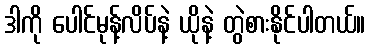
ဒါကို ပေါင်မုန့်လိပ်နဲ့ ယိုနဲ့ တွဲစားနိုင်ပါတယ်။